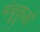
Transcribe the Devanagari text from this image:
मंचूकूओ